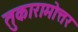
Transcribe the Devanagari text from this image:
तुकारामोत्तर